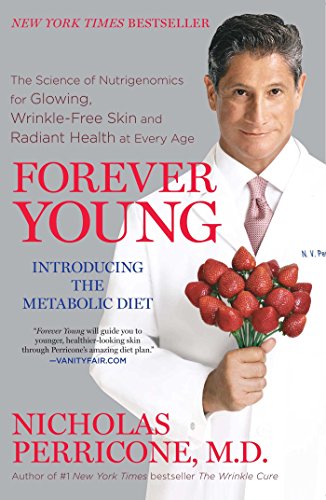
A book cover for Forever Young: The Science of Nutrigenomics for Glowing, Wrinkle-Free Skin and Radiant Health at Every Age; M.D. Nicholas Perricone M.D.; Health, Fitness & Dieting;